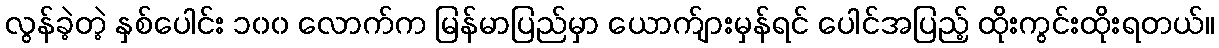
လွန်ခဲ့တဲ့ နှစ်ပေါင်း ၁၀၀ လောက်က မြန်မာပြည်မှာ ယောက်ျားမှန်ရင် ပေါင်အပြည့် ထိုးကွင်းထိုးရတယ်။